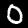
Digit: 0